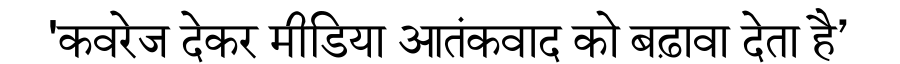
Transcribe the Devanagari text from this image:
'कवरेज देकर मीडिया आतंकवाद को बढ़ावा देता है’